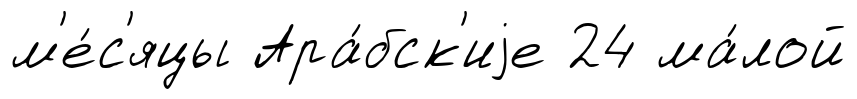
м'е́с'яцы Ара́бск'иjе 24 ма́лой